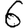
Digit: 6